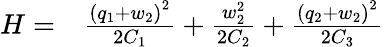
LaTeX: \begin{array}{rl}{H=}&{{}\frac{{\left(q_{1}+w_{2}\right)}^{2}}{2C_{1}}+\frac{w_{2}^{2}}{2C_{2}}+\frac{{\left(q_{2}+w_{2}\right)}^{2}}{2C_{3}}}\end{array}